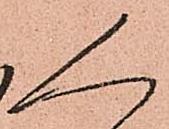
く